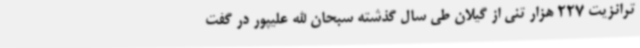
ترانزیت 227 هزار تنی از گیلان طی سال گذشته سبحان الله علیپور در گفت